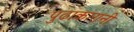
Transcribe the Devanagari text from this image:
पुढाकारानी